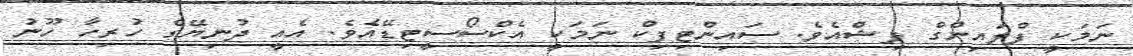
ނަމަކީ ފްލައިންގް ފިޝްއެވެ. ސައިންޓިފިކް ނަމަކީ އެކްސޯސީޓިޑޭއެވެ. އެއީ ދުނިޔޭގެ ހުރިހާ ހޫނު